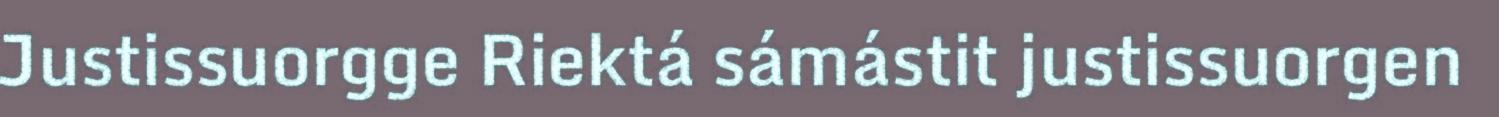
Justissuorgge Riektá sámástit justissuorgen